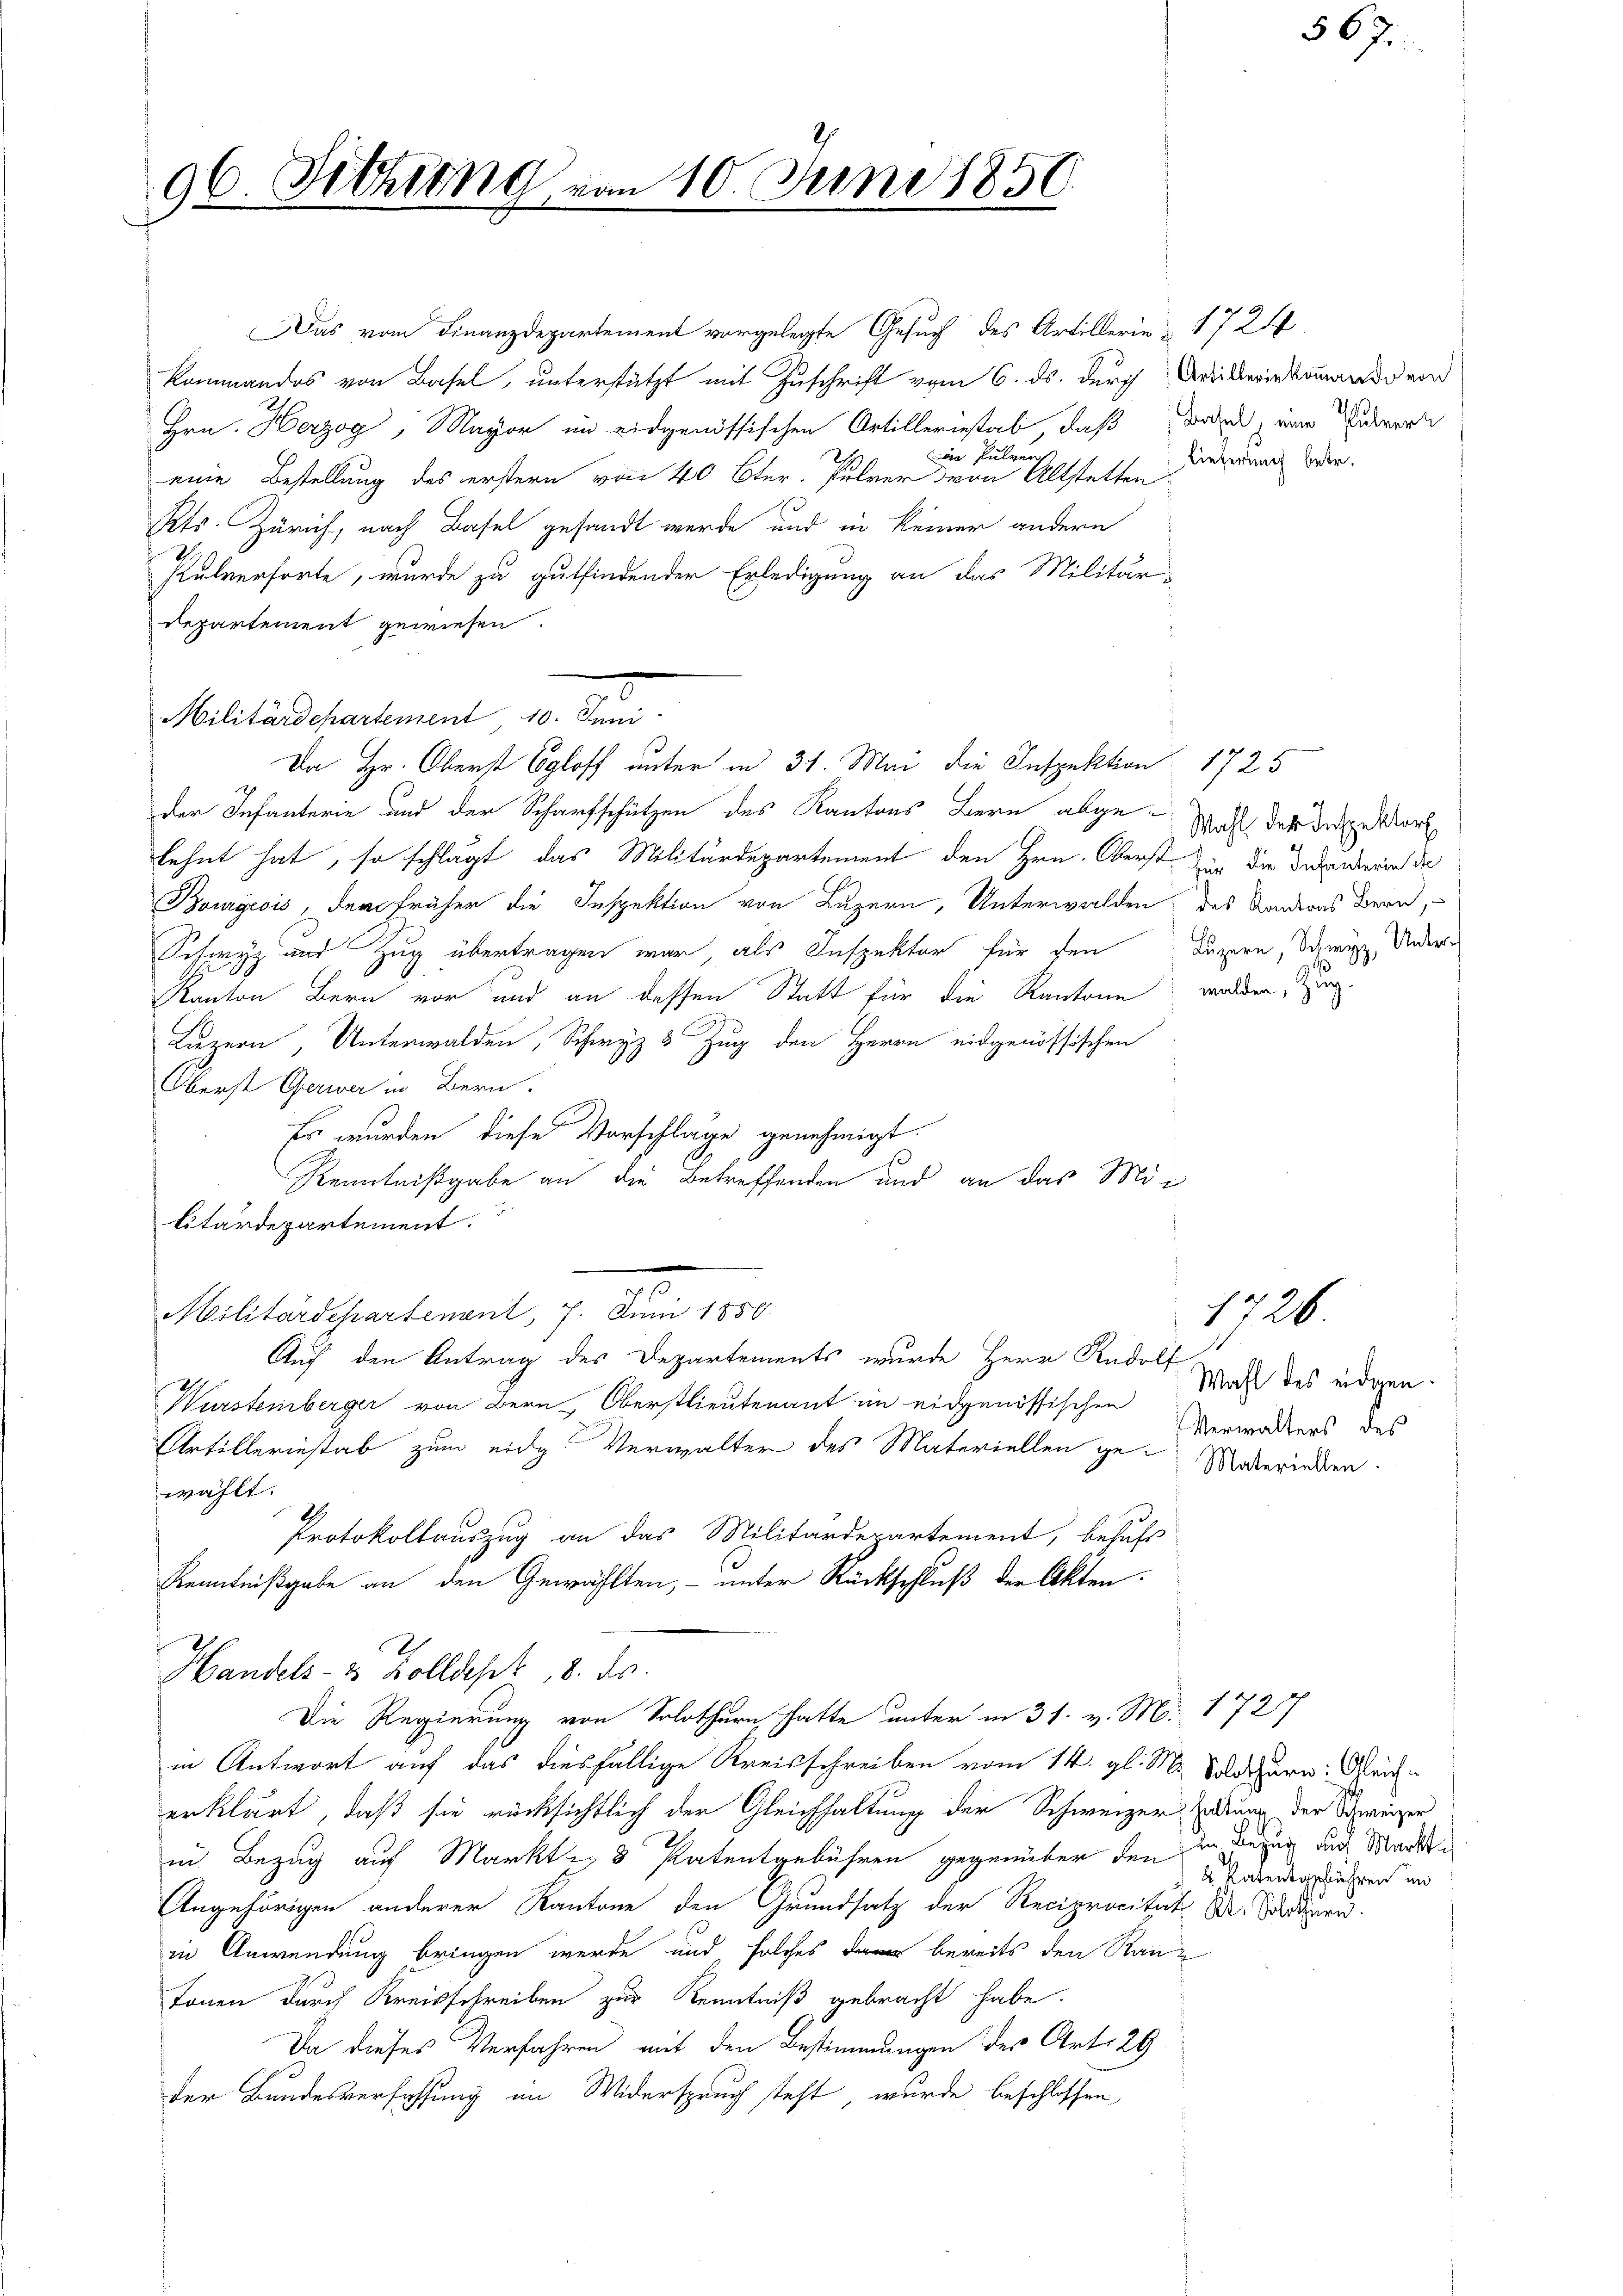
96. Sitzung von 10. Juni 1850.

Das vom Finanzdepartement vorgelegte Gesuch des Artillerie & 1724
Kommandos von Basel, unterstützt mit Zuschrift vom 6. ds. durch Artikerinkomand von
Hrn. Herzog, Mayor im eidgenössischen Artilleriestab, daß dazu eine Pudert
 Pulvers
eine Bestellung des erstern von 40 Cter. Pulver dern Altstettenderung oder
Kts. Zürich, nach Basel gesandt werde und in keiner andern
I
Pulverforte, wurde zu gutfindender Erledigung an das Militär-
departement gewiesen.
Militärdepartement, 10. Juni.
Da Hr. Oberst Egloff unter in 31. Mai die Inspektion 1725
der Infanterie und der Scharfschützen des Kantons Bern abge-Wahl der Treppe vorh
lehnt hat, so schlägt das Militärdepartement den Hrn. Oberst der die Bedenkerin der
Bourgeois, der früher die Inspektion von Luzern, Unterwalden des Aadions Bern,
Schwyz und Zug übertragen war, als Inspektor für den
Kanton Bern vor und an dessen Statt für die Kantone
Luzern, Unterwalden, Schwyz 3 Zug den Herrn eidgenössischen
Oberst Gerwer in Bern.
Es wurden diese Vorschläge genehmigt.
Kenntnißgabe an die Betreffenden und an das Mic
litärdepartement.
Militärdepartenant, 7. Juni 1850.
Auf den Antrag des Departements wurde Herr Rudolf
Wurstenberger von Bern Oberstlieutenant im eidgenössischen
Artillerinstab zum eidg. Verwalter des Materiellen ge- Materinden.
wählt.
Protokollauszug an das Militärdepartement, behufs
Kenntnißgabe an den Gewählten, – unter Rückschluß der Akten.

Handels- & Zolldept 18. ds.
Die Regierung von Solothurn hatte unter in 31. v. M. 1727

Luzern, Schwyz, Unter

in Antwort auf das diesfällige Kreisschreiben vom 14. gl. M. Solothurn. Gleicherklärt, daß sie rücksichtlich der Gleichhaltung der Schweizerdung der Schweizer
in Bezug auf Markt- 8 Patentgebühren gegenüber den in Bezug des Markte
Angehörigen anderer Kantone den Grundsatz der Reciprocität Dr. Soden.
in Anwendung bringen werde und solches bereits den Rau¬
Tonen durch Kreisschreiben zur Kenntniß gebracht habe.
Da dieses Verfahren mit den Bestimmungen des Art. 29
der Bundesverfassung im Widerspruch steht, wurde beschlossen

walden, Zug.

Wahl des eidgen.
Verwalters des

1726.

§ 67.

k. Ratentgebühren und